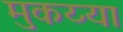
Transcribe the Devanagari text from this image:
मुकय्या